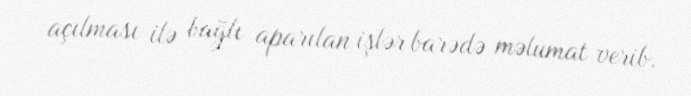
açılması ilə bağlı aparılan işlər barədə məlumat verib.